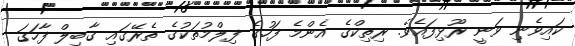
ކައިވެެނި ވަނީ ރޫޅިފައެވެ. ރިތިކްގެ އެންމެ ފަހުގެ ފިލްމުތަކުގެ ތެރޭގައި ގާބިލް ފާހަގަ